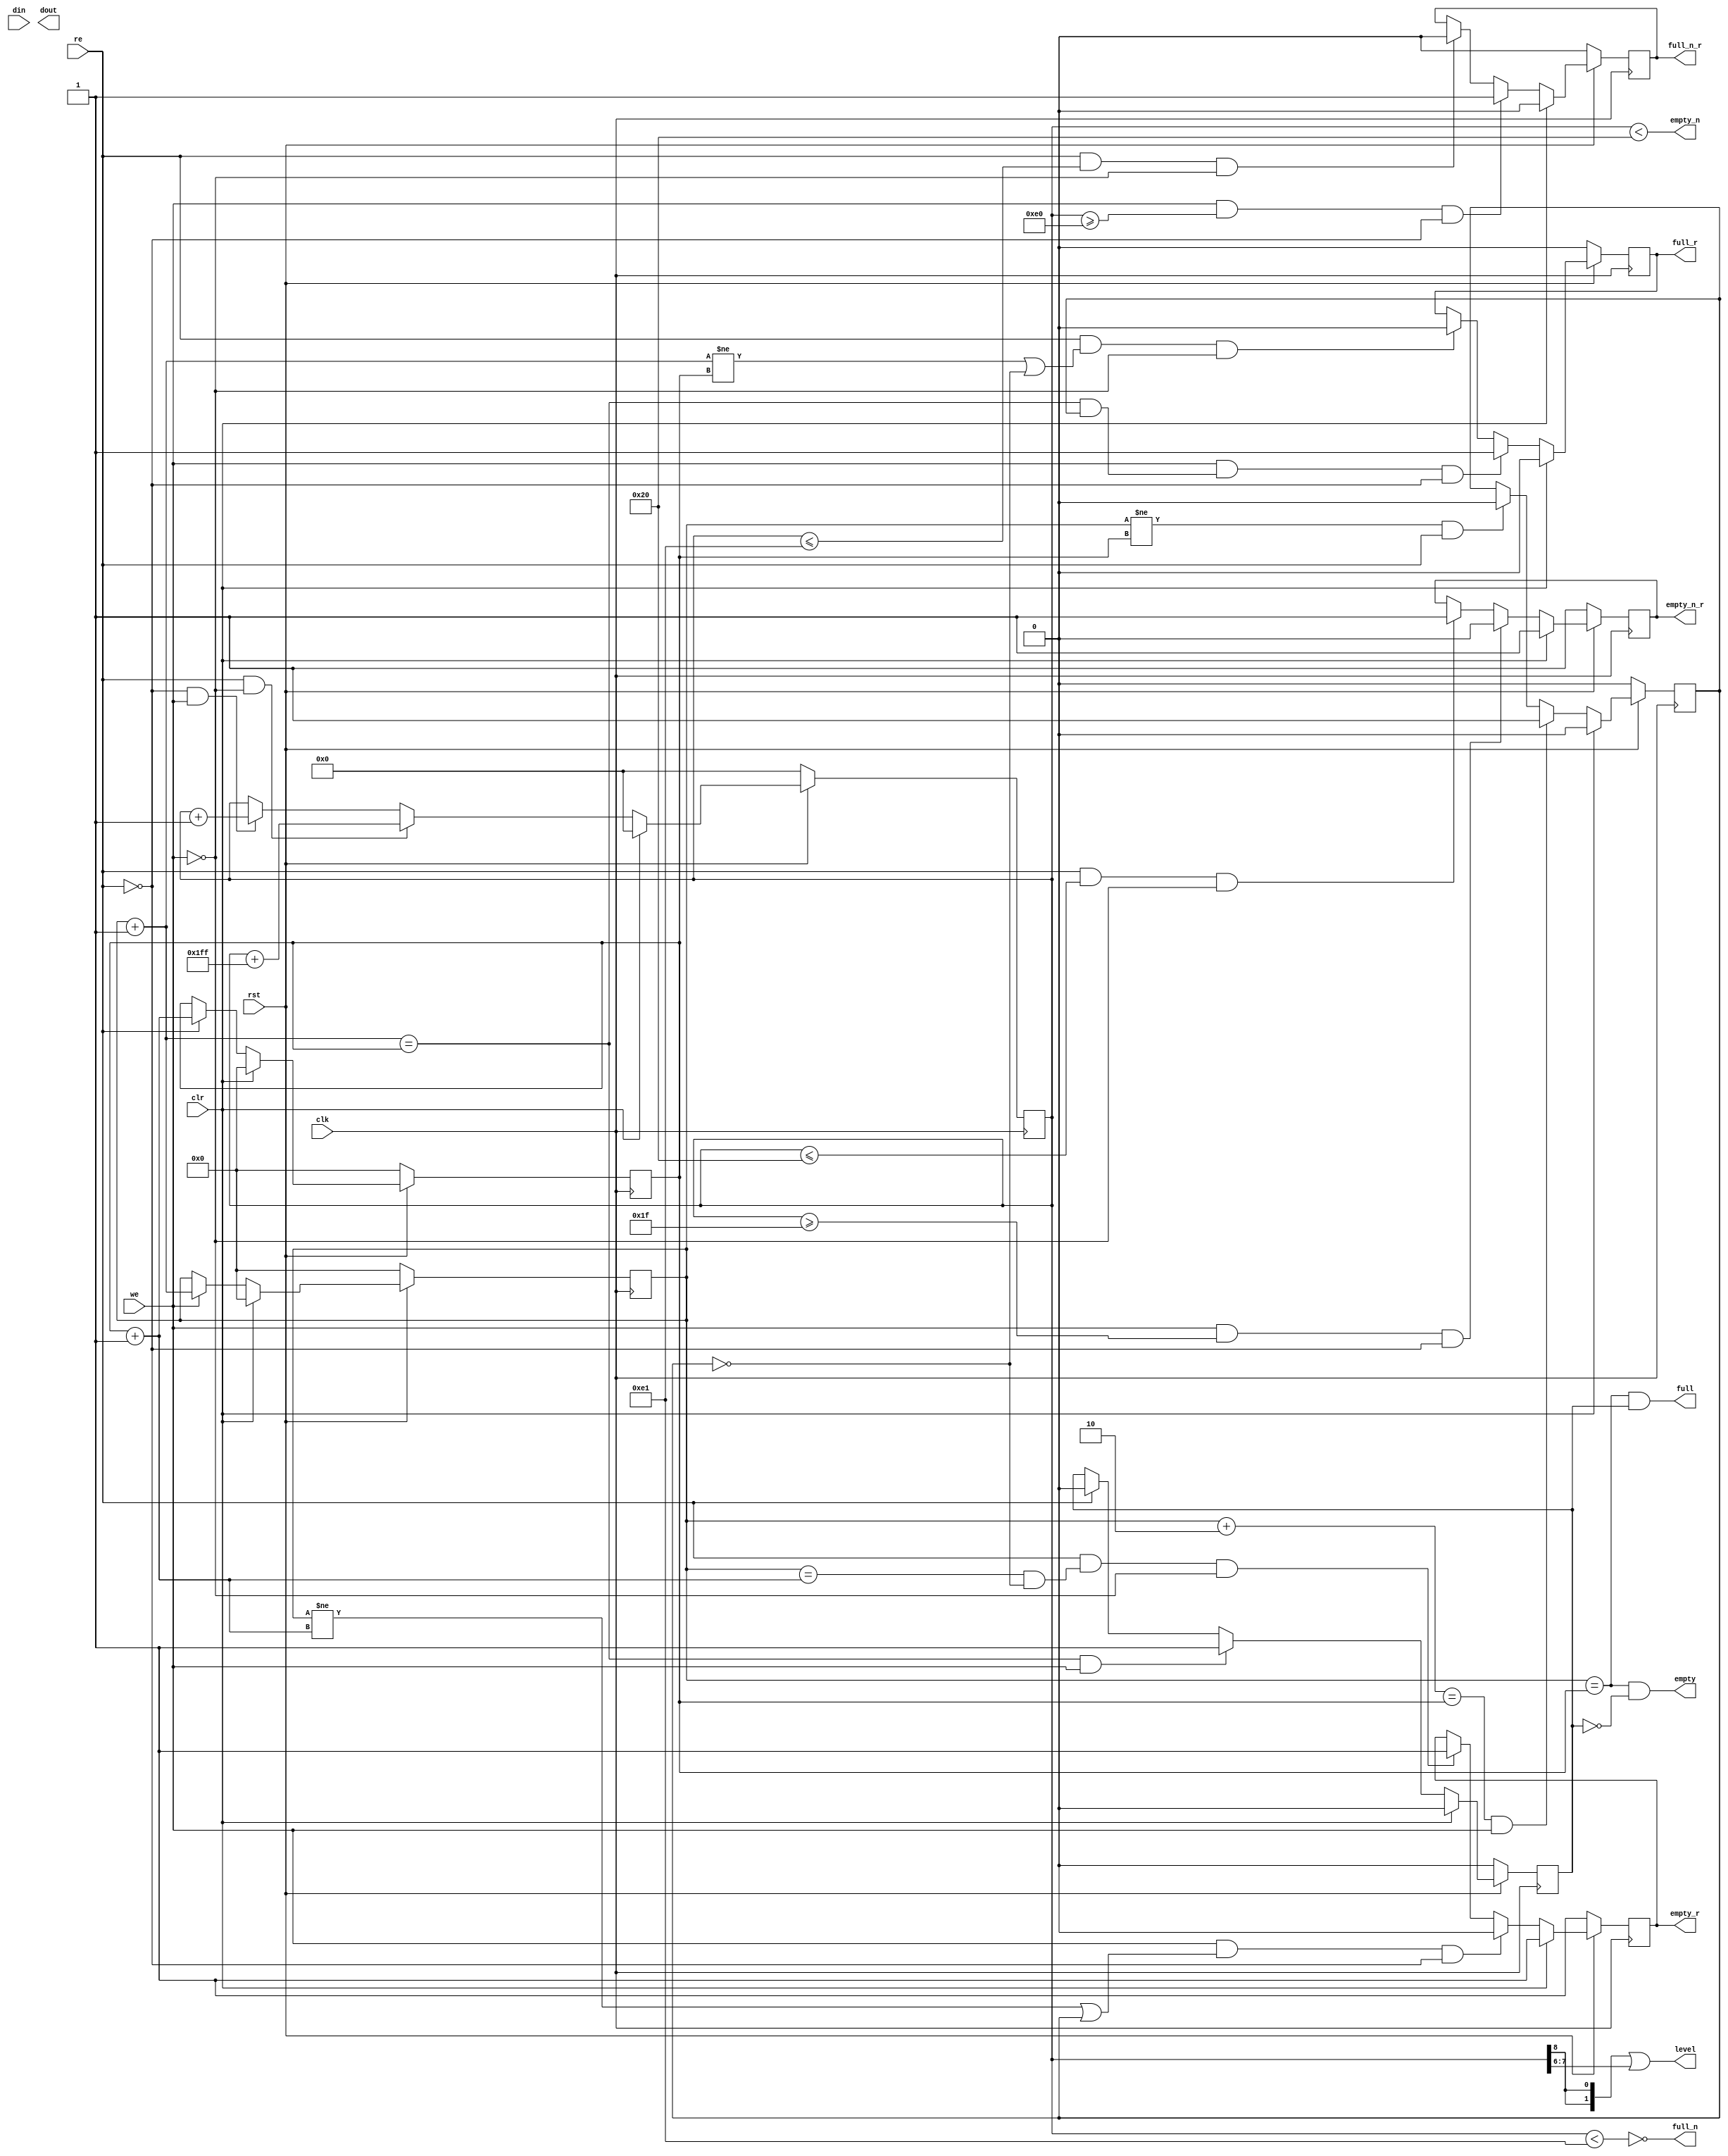
module generic_fifo_sc_a(clk, rst, clr, din, we, dout, re,
			full, empty, full_r, empty_r,
			full_n, empty_n, full_n_r, empty_n_r,
			level);

parameter dw=8;
parameter aw=8;
parameter n=32;
parameter max_size = 1<<aw;

input			clk, rst, clr;
input	[dw-1:0]	din;
input			we;
output	[dw-1:0]	dout;
input			re;
output			full, full_r;
output			empty, empty_r;
output			full_n, full_n_r;
output			empty_n, empty_n_r;
output	[1:0]		level;

////////////////////////////////////////////////////////////////////
//
// Local Wires
//

reg	[aw-1:0]	wp;
wire	[aw-1:0]	wp_pl1;
wire	[aw-1:0]	wp_pl2;
reg	[aw-1:0]	rp;
wire	[aw-1:0]	rp_pl1;
reg			full_r;
reg			empty_r;
reg			gb;
reg			gb2;
reg	[aw:0]		cnt;
wire			full_n, empty_n;
reg			full_n_r, empty_n_r;

////////////////////////////////////////////////////////////////////
//
// Memory Block
//

generic_dpram  #(aw,dw) u0(
	.rclk(		clk		),
	.rrst(		!rst		),
	//.rce(		1'b1		),
//	.oe(		1'b1		),
	.raddr(		rp		),
//	.do(		dout		),
	.wclk(		clk		),
	.wrst(		!rst		),
//	.wce(		1'b1		),
	.we(		we		),
	.waddr(		wp		),
	.di(		din		)
	);

////////////////////////////////////////////////////////////////////
//
// Misc Logic
//

always @(posedge clk )
	if(!rst)	wp <= #1 {aw{1'b0}};
	else
	if(clr)		wp <= #1 {aw{1'b0}};
	else
	if(we)		wp <= #1 wp_pl1;

assign wp_pl1 = wp + { {aw-1{1'b0}}, 1'b1};
assign wp_pl2 = wp + { {aw-2{1'b0}}, 2'b10};

always @(posedge clk )
	if(!rst)	rp <= #1 {aw{1'b0}};
	else
	if(clr)		rp <= #1 {aw{1'b0}};
	else
	if(re)		rp <= #1 rp_pl1;

assign rp_pl1 = rp + { {aw-1{1'b0}}, 1'b1};

////////////////////////////////////////////////////////////////////
//
// Combinatorial Full & Empty Flags
//

assign empty = ((wp == rp) & !gb);
assign full  = ((wp == rp) &  gb);

// Guard Bit ...
always @(posedge clk )
	if(!rst)			gb <= #1 1'b0;
	else
	if(clr)				gb <= #1 1'b0;
	else
	if((wp_pl1 == rp) & we)		gb <= #1 1'b1;
	else
	if(re)				gb <= #1 1'b0;

////////////////////////////////////////////////////////////////////
//
// Registered Full & Empty Flags
//

// Guard Bit ...
always @(posedge clk )
	if(!rst)			gb2 <= #1 1'b0;
	else
	if(clr)				gb2 <= #1 1'b0;
	else
	if((wp_pl2 == rp) & we)		gb2 <= #1 1'b1;
	else
	if((wp != rp) & re)		gb2 <= #1 1'b0;

always @(posedge clk )
	if(!rst)				full_r <= #1 1'b0;
	else
	if(clr)					full_r <= #1 1'b0;
	else
	if(we & ((wp_pl1 == rp) & gb2) & !re)	full_r <= #1 1'b1;
	else
	if(re & ((wp_pl1 != rp) | !gb2) & !we)	full_r <= #1 1'b0;

always @(posedge clk )
	if(!rst)				empty_r <= #1 1'b1;
	else
	if(clr)					empty_r <= #1 1'b1;
	else
	if(we & ((wp != rp_pl1) | gb2) & !re)	empty_r <= #1 1'b0;
	else
	if(re & ((wp == rp_pl1) & !gb2) & !we)	empty_r <= #1 1'b1;

////////////////////////////////////////////////////////////////////
//
// Combinatorial Full_n & Empty_n Flags
//

assign empty_n = cnt < n;
assign full_n  = !(cnt < (max_size-n+1));
assign level = {2{cnt[aw]}} | cnt[aw-1:aw-2];

// N entries status
always @(posedge clk )
	if(!rst)	cnt <= #1 {aw+1{1'b0}};
	else
	if(clr)		cnt <= #1 {aw+1{1'b0}};
	else
	if( re & !we)	cnt <= #1 cnt + { {aw{1'b1}}, 1'b1};
	else
	if(!re &  we)	cnt <= #1 cnt + { {aw{1'b0}}, 1'b1};

////////////////////////////////////////////////////////////////////
//
// Registered Full_n & Empty_n Flags
//

always @(posedge clk )
	if(!rst)				empty_n_r <= #1 1'b1;
	else
	if(clr)					empty_n_r <= #1 1'b1;
	else
	if(we & (cnt >= (n-1) ) & !re)		empty_n_r <= #1 1'b0;
	else
	if(re & (cnt <= n ) & !we)		empty_n_r <= #1 1'b1;

always @(posedge clk )
	if(!rst)				full_n_r <= #1 1'b0;
	else
	if(clr)					full_n_r <= #1 1'b0;
	else
	if(we & (cnt >= (max_size-n) ) & !re)	full_n_r <= #1 1'b1;
	else
	if(re & (cnt <= (max_size-n+1)) & !we)	full_n_r <= #1 1'b0;

////////////////////////////////////////////////////////////////////
//
// Sanity Check
//

// synopsys translate_off
always @(posedge clk)
	if(we & full)
		$display("%m WARNING: Writing while fifo is FULL (%t)",$time);

always @(posedge clk)
	if(re & empty)
		$display("%m WARNING: Reading while fifo is EMPTY (%t)",$time);
// synopsys translate_on

endmodule

`ifdef TEST
module test ;

parameter dw=8;
parameter aw=8;
parameter n=32;
parameter max_size = 1<<aw;
   
   /*AUTOWIRE*/
   // Beginning of automatic wires (for undeclared instantiated-module outputs)
   wire [dw-1:0]	dout;			// From dut of generic_fifo_sc_a.v
   wire			empty;			// From dut of generic_fifo_sc_a.v
   wire			empty_n;		// From dut of generic_fifo_sc_a.v
   wire			empty_n_r;		// From dut of generic_fifo_sc_a.v
   wire			empty_r;		// From dut of generic_fifo_sc_a.v
   wire			full;			// From dut of generic_fifo_sc_a.v
   wire			full_n;			// From dut of generic_fifo_sc_a.v
   wire			full_n_r;		// From dut of generic_fifo_sc_a.v
   wire			full_r;			// From dut of generic_fifo_sc_a.v
   wire [1:0]		level;			// From dut of generic_fifo_sc_a.v
   // End of automatics

   /*AUTOREGINPUT*/
   // Beginning of automatic reg inputs (for undeclared instantiated-module inputs)
   reg			clk;			// To dut of generic_fifo_sc_a.v
   reg			clr;			// To dut of generic_fifo_sc_a.v
   reg [dw-1:0]		din;			// To dut of generic_fifo_sc_a.v
   reg			re;			// To dut of generic_fifo_sc_a.v
   reg			rst;			// To dut of generic_fifo_sc_a.v
   reg			we;			// To dut of generic_fifo_sc_a.v
   // End of automatics

   initial
     begin
	$dumpvars;
	clk = 0;
	rst=0;
	clr=0;
	din=0;
	we=0;
	re=0;
	repeat (5000) @(posedge clk);
	$finish;
     end // initial begin

   always #5 clk = ~clk ;

   initial
     begin
	repeat(100) @(posedge clk);
	rst<=1;

	repeat(260)
	  begin
	     @(posedge clk);
	     din <= din+1;
	     if ( ~full ) 
	       we <= 1;
	     else
	       we <= 0;
	  end
	@(posedge clk);
	we <= 0;
     end

   generic_fifo_sc_a dut(/*AUTOINST*/
			 // Outputs
			 .dout			(dout[dw-1:0]),
			 .full			(full),
			 .full_r		(full_r),
			 .empty			(empty),
			 .empty_r		(empty_r),
			 .full_n		(full_n),
			 .full_n_r		(full_n_r),
			 .empty_n		(empty_n),
			 .empty_n_r		(empty_n_r),
			 .level			(level[1:0]),
			 // Inputs
			 .clk			(clk),
			 .rst			(rst),
			 .clr			(clr),
			 .din			(din[dw-1:0]),
			 .we			(we),
			 .re			(re));
   

endmodule // test
`endif //  `ifdef TEST





module generic_dpram  #(parameter aw=8, 
	 parameter dw=32) (
        input rclk,
        input rrst,
        input [aw-1 :0 ]raddr,
        output [dw-1 : 0] dout,
        input wclk,
        input wrst,
        input we,
        input [aw-1 : 0 ] waddr,
        input [dw-1 : 0 ] di
        );

reg [dw-1:0] mem[0:1<<aw];
reg [7:0] i;
`ifdef SIM
initial begin
	for(i=0;i<255;i++)
		mem[i] = {dw{1'b0}};
end
`endif

always @(posedge wclk )
	if(we)
		mem[waddr]<=di;

assign dout = mem[raddr];
endmodule